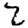
Digit: 2